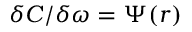
\delta C / \delta \omega = \Psi ( r )